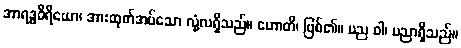
အာရဒ္ဓဝီရိယော၊ အားထုတ်အပ်သော လုံ့လရှိသည်။ ဟောတိ၊ ဖြစ်၏။ ပည ဝါ၊ ပညာရှိသည်။